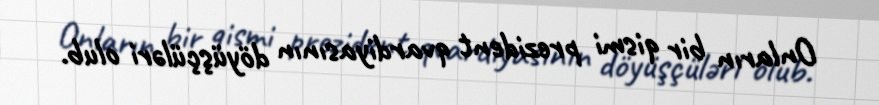
Onların bir qismi prezident qvardiyasının döyüşçüləri olub.